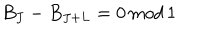
B _ { J } - B _ { J + L } = 0 \, m o d \, 1